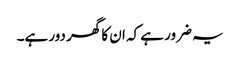
یہ ضرور ہے کہ ان کا گھر دور ہے۔